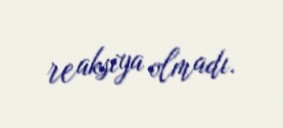
reaksiya olmadı.